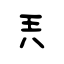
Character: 兲